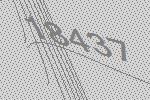
18437